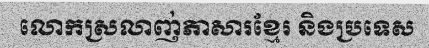
លោកស្រលាញ់ភាសារខ្មែរ និងប្រទេស